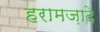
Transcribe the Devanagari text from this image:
हरामज़ादे